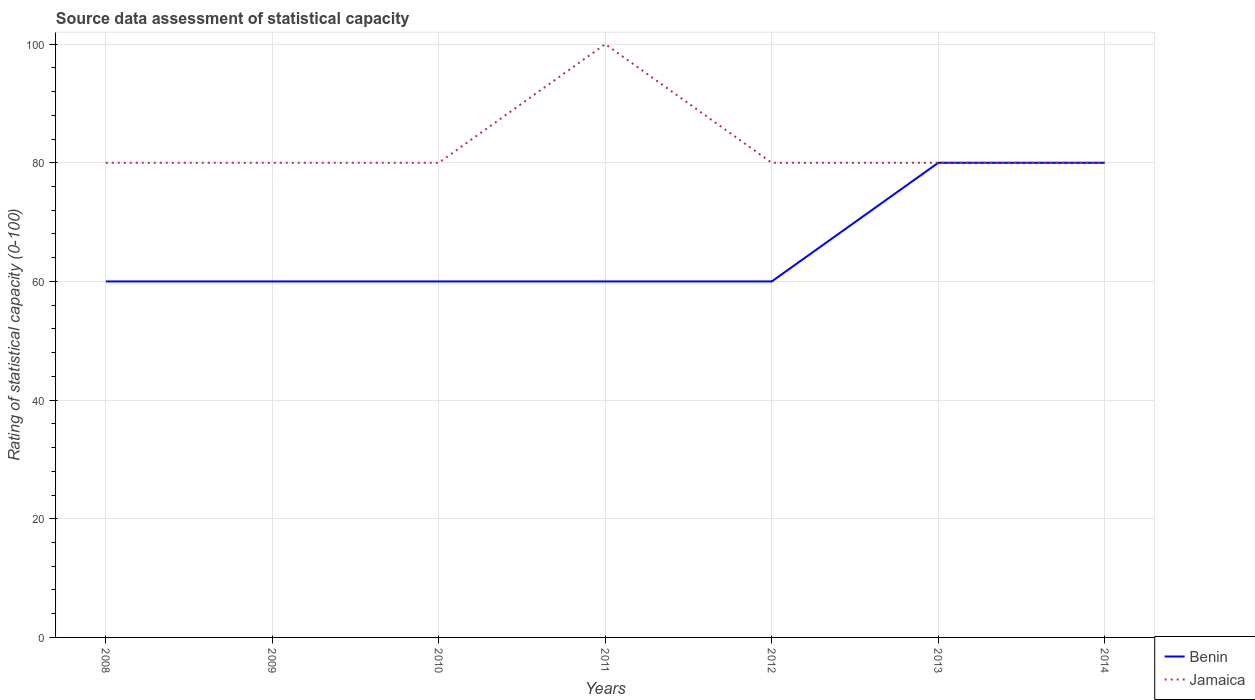
| Years | Benin | Jamaica |
 | --- | --- | --- |
 | 2008 | 60 | 80 |
 | 2009 | 60 | 80 |
 | 2010 | 60 | 80 |
 | 2011 | 60 | 100 |
 | 2012 | 60 | 80 |
 | 2013 | 80 | 80 |
 | 2014 | 80 | 80 |